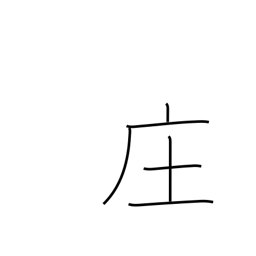
Meaning: village